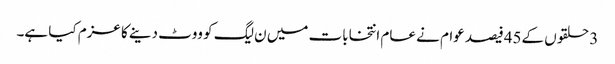
3 حلقوں کے45فیصد عوام نے عام انتخابات میں ن لیگ کو ووٹ دینے کا عزم کیا ہے۔